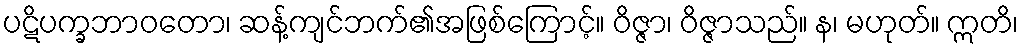
ပဋိပက္ခဘာဝတော၊ ဆန့်ကျင်ဘက်၏အဖြစ်ကြောင့်။ ဝိဇ္ဇာ၊ ဝိဇ္ဇာသည်။ န၊ မဟုတ်။ ဣတိ၊